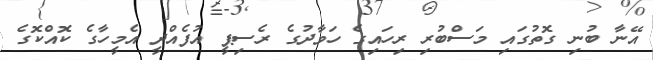
އޭނާ ބުނި ގޮތުގައި މަސްބުރި ރިހައިގެ ހަވާދުގެ ރެސިޕީ އުފެއްދީ އެމީހާގެ ކޮއްކޮގެ